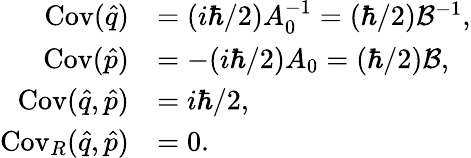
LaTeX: \begin{array}{rl}{\operatorname{Cov}(\hat{q})}&{=(i\hbar/2)A_{0}^{-1}=(\hbar/2)\mathcal{B}^{-1},}\\ {\operatorname{Cov}(\hat{p})}&{=-(i\hbar/2)A_{0}=(\hbar/2)\mathcal{B},}\\ {\operatorname{Cov}(\hat{q},\hat{p})}&{=i\hbar/2,}\\ {\operatorname{Cov}_{R}(\hat{q},\hat{p})}&{=0.}\end{array}